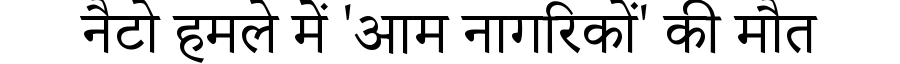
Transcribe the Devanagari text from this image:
नैटो हमले में 'आम नागरिकों' की मौत